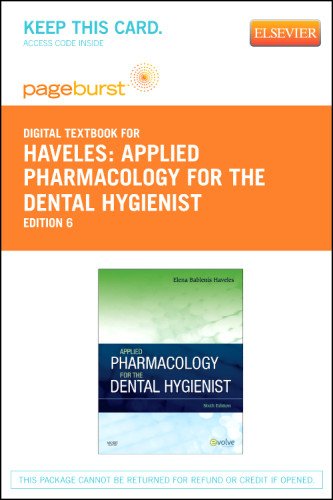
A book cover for Applied Pharmacology for the Dental Hygienist - Pageburst E-Book on VitalSource (Retail Access Card), 6e; Elena Bablenis Haveles BS Pharm  Pharm D; Medical Books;